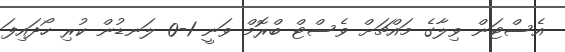
އެސްޓަން ވިލާގެ މައްޗަށް ވެސްޓް ބްރޮމް ވަނީ 1-0 ލަނޑުން ކުރި ހޯދައިފަ